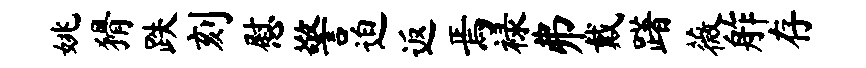
姚猾跌刻慰警迫返焉禄弗戴躇薇舴存